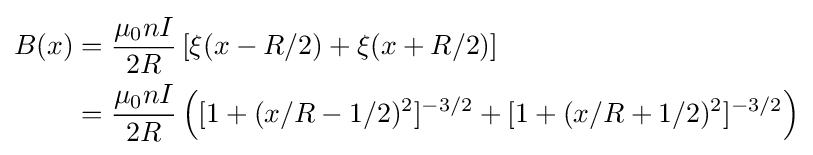
{\begin{aligned}B(x)&={\frac {\mu _{0}nI}{2R}}\left[\xi (x-R/2)+\xi (x+R/2)\right]\\&={\frac {\mu _{0}nI}{2R}}\left([1+(x/R-1/2)^{2}]^{-3/2}+[1+(x/R+1/2)^{2}]^{-3/2}\right)\\\end{aligned}}